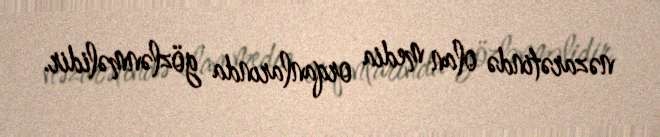
nəzarətində olan media orqanlarında gözlənməlidir.